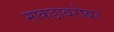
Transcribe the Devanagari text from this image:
माकडाबरोबर